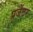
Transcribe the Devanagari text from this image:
प्रजेंटर